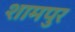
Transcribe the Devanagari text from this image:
शामपुर